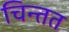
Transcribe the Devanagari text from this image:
चिन्तत